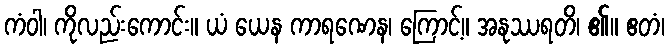
ကံဝါ၊ ကိုလည်းကောင်း။ ယံ ယေန ကာရဏေန၊ ကြောင့်။ အနုဿရတိ၊ ၏။ ဧတံ၊